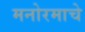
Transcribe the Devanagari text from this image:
मनोरमाचे